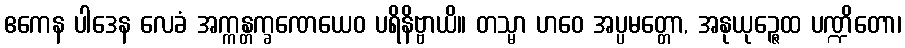
ဧကေန ပါဒေန လေခံ အက္ကန္တက္ခဏေယေဝ ပရိနိဗ္ဗာယိ။ တသ္မာ ဟဝေ အပ္ပမတ္တော, အနုယုဉ္ဇေထ ပဏ္ဍိတော၊